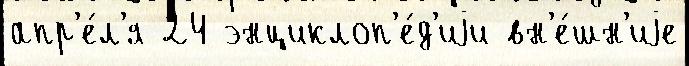
апр'е́л'я 24 энциклоп'е́д'иjи вн'е́шн'иjе